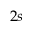
2 s